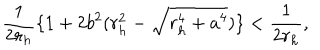
\frac { 1 } { 2 r _ { h } } \{ 1 + 2 b ^ { 2 } ( r _ { h } ^ { 2 } - \sqrt { r _ { h } ^ { 4 } + a ^ { 4 } } ) \} < \frac { 1 } { 2 r _ { h } } ,